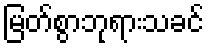
မြတ်စွာဘုရားသခင်